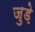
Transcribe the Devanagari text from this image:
जुड़े़